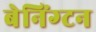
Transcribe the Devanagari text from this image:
बेनिंग्टन